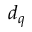
d _ { q }